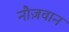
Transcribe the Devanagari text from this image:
नौज़वान